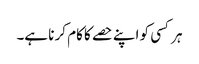
ہر کسی کو اپنے حصے کا کام کر نا ہے۔